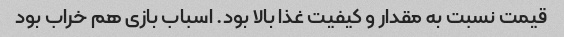
قیمت نسبت به مقدار و کیفیت غذا بالا بود. اسباب بازی هم خراب بود